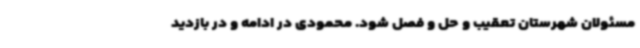
مسئولان شهرستان تعقیب و حل و فصل شود. محمودی در ادامه و در بازدید